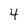
Character: 4